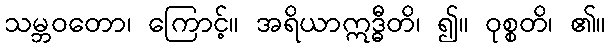
သမ္ဘဝတော၊ ကြောင့်။ အရိယာဣဒ္ဓီတိ၊ ၍။ ဝုစ္စတိ၊ ၏။